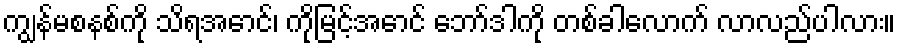
ကျွန်မစနစ်ကို သိရအောင်၊ ကိုမြင့်အောင် ဘော်ဒါကို တစ်ခါလောက် လာလည်ပါလား။